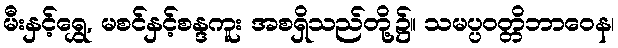
မီးနှင့်ရွှေ, မစင်နှင့်စန္ဒကူး အစရှိသည်တို့၌။ သမပ္ပဝတ္တိဘာဝေန၊